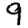
Digit: 9